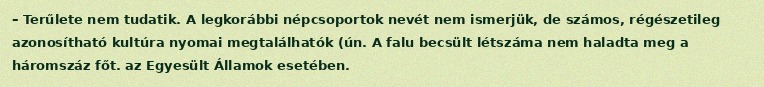
– Terűlete nem tudatik. A legkorábbi népcsoportok nevét nem ismerjük, de számos, régészetileg azonosítható kultúra nyomai megtalálhatók (ún. A falu becsült létszáma nem haladta meg a háromszáz főt. az Egyesült Államok esetében.